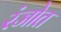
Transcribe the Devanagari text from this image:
रंजोत